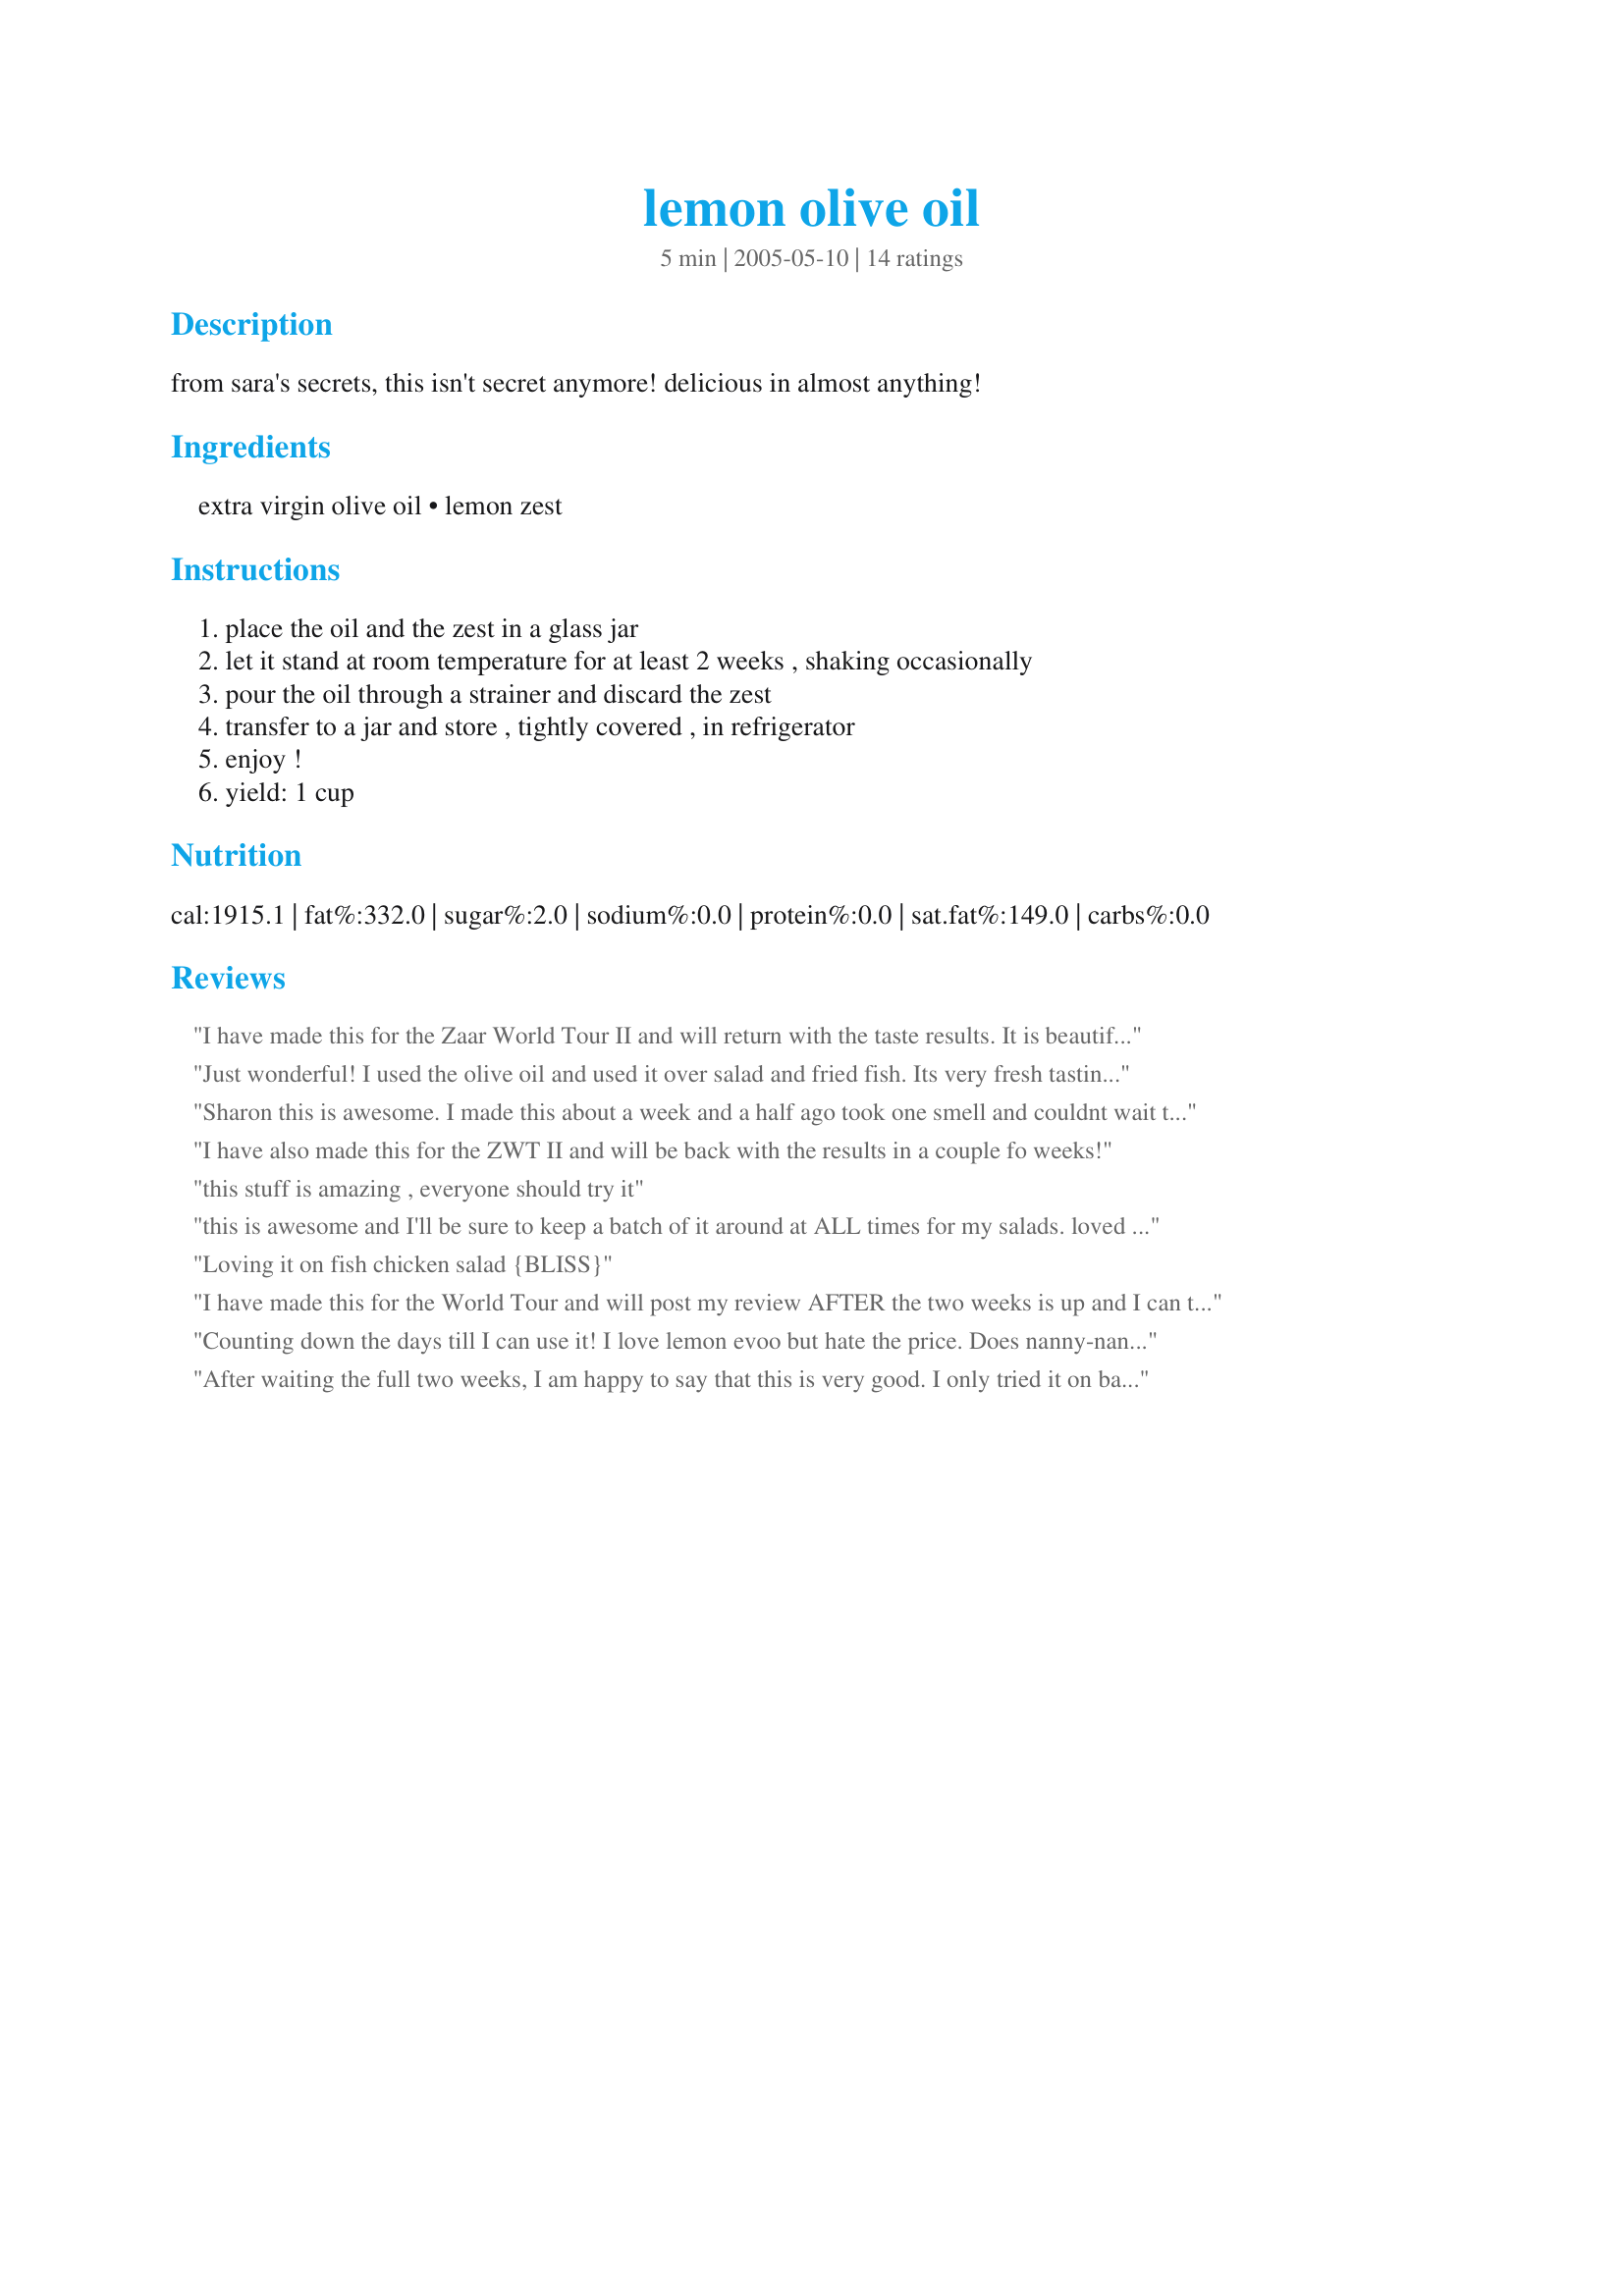
lemon olive oil
Preparation time: 5 minutes

from sara's secrets, this isn't secret anymore! delicious in almost anything!

Ingredients:
extra virgin olive oil, lemon zest

Steps:
place the oil and the zest in a glass jar, let it stand at room temperature for at least 2 weeks , shaking occasionally, pour the oil through a strainer and discard the zest, transfer to a jar and store , tightly covered , in refrigerator, enjoy !, yield: 1 cup

Reviews:
I have made this for the Zaar World Tour II and will return with the taste results. It is beautiful!!!
UPDATE: This oil is fantastic and just like the lemon infused oil sold at our gourmet kitchen store. I have used this oil in homemade mayonnaise, salad dressing and even in burgers. The oil is fantastic with fish! I now have a HUGE jar of it in the kitchen. Thanks Sharon!!!

Just wonderful! I used the olive oil and used it over salad and fried fish. Its very fresh tasting and very easy to make.
Sharon this is awesome. I made this about a week and a half ago took one smell and couldnt wait to try some. Great lemon flavor I used it to brush on baking pan to oven fry some fish and omg! I cant wait to try this with a salad dressing. I have more going again and can see this being a staple in my pantry. Thanks for a great idea Sharon
I have also made this for the ZWT II and will be back with the results in a couple fo weeks!
this stuff is amazing , everyone should try it
this is awesome and I'll be sure to keep a batch of it around at ALL times for my salads. loved it! Thanks, Sharon!
Loving it on fish chicken salad {BLISS}
I have made this for the World Tour and will post my review AFTER the two weeks is up and I can taste and savor this!
Counting down the days till I can use it! I love lemon evoo but hate the price. 
Does nanny-nanny-boo-boo sound appropriate ? ;-) Thanks for sharing this! Update: Finally got to use it. Wonderful!
After waiting the full two weeks, I am happy to say that this is very good. I only tried it on baby spinach and the lemon flavor is wonderful. I can't wait to try cooking with it. Thanks Sharon!!! Made during ZWT3 by a Fellow Floozie - Remembering Amy.
Lovely oil. Easy to make, producing excellent results. Drizzled it over simple baked fish and it was delicious.
I love this and can't wait to use it on fish, thanks Sharon!...Kitten:)
Want a real treat using this olive oil...try it in an olive oil coffee cake recipe...it adds another layer of flavor without being overpowering...it's fantastic...much more economical to make this at home instead of purchasing from the gourmet store and just as good if not better...thanks
Love this! Wonderful to use when weather here is too hot to cook. Have drizzled on cauliflower, asparagus, and broccoli, and even coated a summer squash casserole dish with. Plan on making another batch soon. Thank you for sharing.
